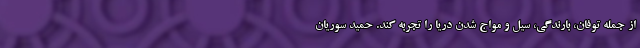
از جمله توفان، بارندگی، سیل و مواج شدن دریا را تجربه کند. حمید سوریان